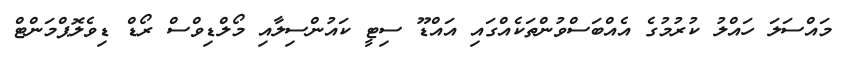
މައްސަލަ ހައްލު ކުރުމުގެ އެއްްބަސްވުންތަކެއްގައި އައްޑޫ ސިޓީ ކައުންސިލާއި މޯލްޑިވްސް ރޯޑް ޑިވެލޮޕްމަންޓް